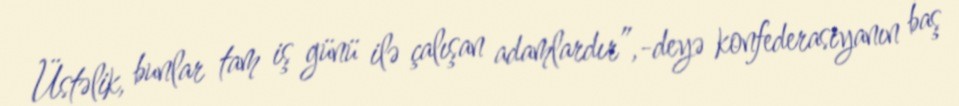
Üstəlik, bunlar tam iş günü ilə çalışan adamlardır”,-deyə konfederasiyanın baş